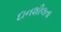
દાનશીલતા